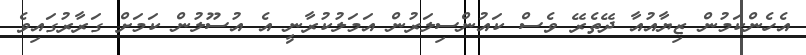
އެހެންކަމުން ޒިޔާއުއާ ދޭތެރޭ ވެސް ކައުންސިލަރުން އަމަލުކުރާނީ އެ އުސޫލުން ކަމަށް ގަރާރުގައިވެ